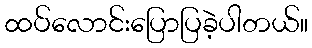
ထပ်လောင်းပြောပြခဲ့ပါတယ်။